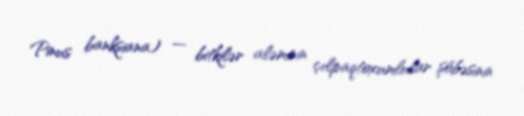
Pinus banksiana) — bitkilər aləminin çılpaqtoxumlular şöbəsinin